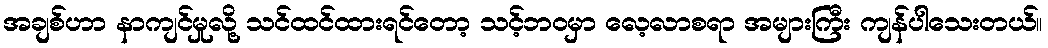
အချစ်ဟာ နာကျင်မှုလို့ သင်ထင်ထားရင်တော့ သင့်ဘဝမှာ လေ့လာစရာ အများကြီး ကျန်ပါသေးတယ်။